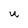
Character: U